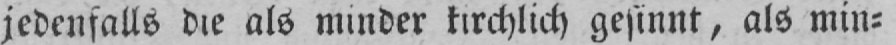
jedenfalls die als minder kirchlich gesinnt, als min⸗